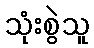
သုံးစွဲသူ